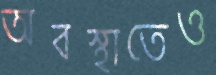
অবস্থাতেও